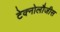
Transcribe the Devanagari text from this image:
टेक्नोलौजीस